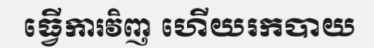
ធ្វើការវិញ ហើយរកបាយ